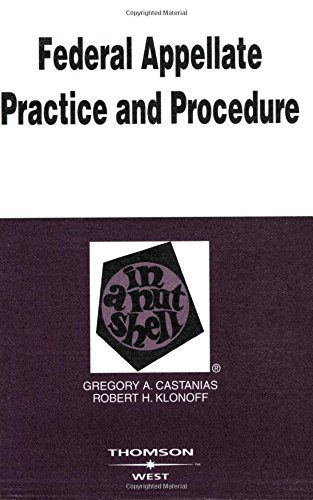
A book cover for Federal Appellate Practice and Procedure in a Nutshell; Robert Klonoff; Law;